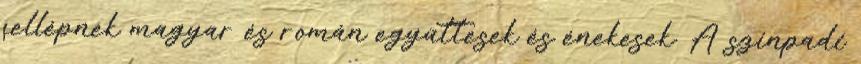
fellépnek magyar és román együttesek és énekesek. A színpadi